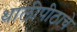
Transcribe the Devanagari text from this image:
थालीपीठाचे